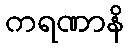
ကရဏာနိ